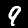
Digit: 9